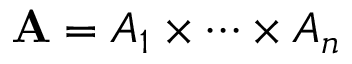
\mathbf { A } = A _ { 1 } \times \cdots \times A _ { n }